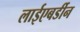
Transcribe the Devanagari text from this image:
लाईएबर्डीन